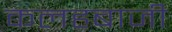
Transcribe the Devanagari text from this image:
कलहबाजी